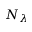
N _ { \lambda }